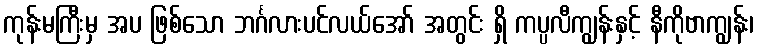
ကုန်းမကြီးမှ အပ ဖြစ်သော ဘင်္ဂလားပင်လယ်အော် အတွင်း ရှိ ကပ္ပလီကျွန်းနှင့် နီကိုဗာကျွန်း၊